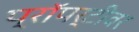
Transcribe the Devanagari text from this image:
प्रॉपर्टीवर